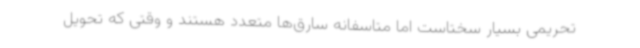
تحریمی بسیار سختاست اما متاسفانه سارق‌ها متعدد هستند و وقتی که تحویل